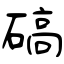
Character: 碻